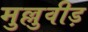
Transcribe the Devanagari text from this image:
मुल्लुवीड़